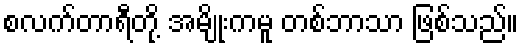
စလက်တာရီတို့ အမျိုးကမူ တစ်ဘာသာ ဖြစ်သည်။